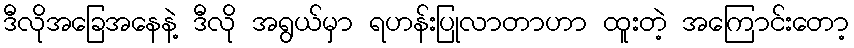
ဒီလိုအခြေအနေနဲ့ ဒီလို အရွယ်မှာ ရဟန်းပြုလာတာဟာ ထူးတဲ့ အကြောင်းတော့